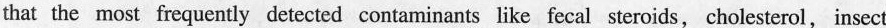
that the most frequently detected contaminants like fecal steroids,cholesterol,insect